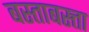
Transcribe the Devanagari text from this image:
बस्ताबस्त्ता